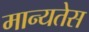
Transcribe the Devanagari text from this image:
मान्यतेस